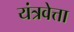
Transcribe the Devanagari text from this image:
यंत्रवेत्ता